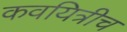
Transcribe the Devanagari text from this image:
कवयित्रीच